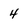
Character: 4